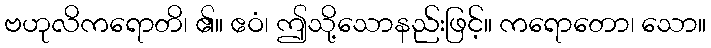
ဗဟုလိကရောတိ၊ ၏။ ဧဝံ၊ ဤသို့သောနည်းဖြင့်။ ကရောတော၊ သော။